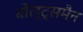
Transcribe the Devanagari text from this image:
बोल्ट्समैन